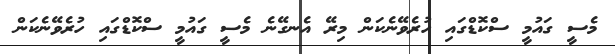
މެސީ ގައުމީ ސްކޮޑްގައި ހުރެވޭނެކަން މިރޭ އެނގޭނެ މެސީ ގައުމީ ސްކޮޑްގައި ހުރެވޭނެކަން